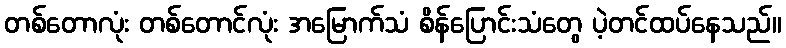
တစ်တောလုံး တစ်တောင်လုံး အမြောက်သံ စိန်ပြောင်းသံတွေ ပဲ့တင်ထပ်နေသည်။